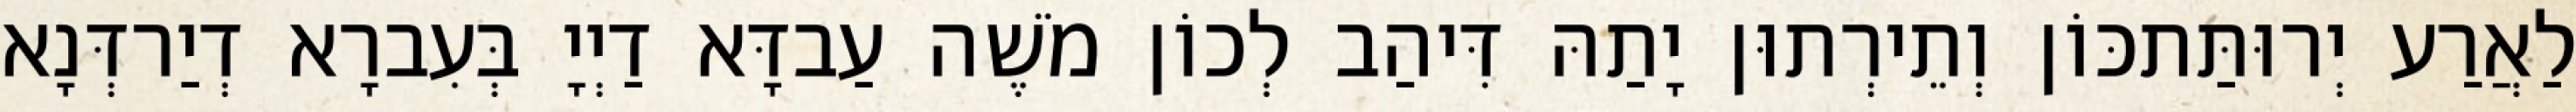
לַאֲרַע יְרוּתַּתכּוֹן וְתֵירְתוּן יָתַהּ דִּיהַב לְכוֹן מֹשֶׁה עַבדָּא דַיְיָ בְּעִברָא דְיַרדְּנָא